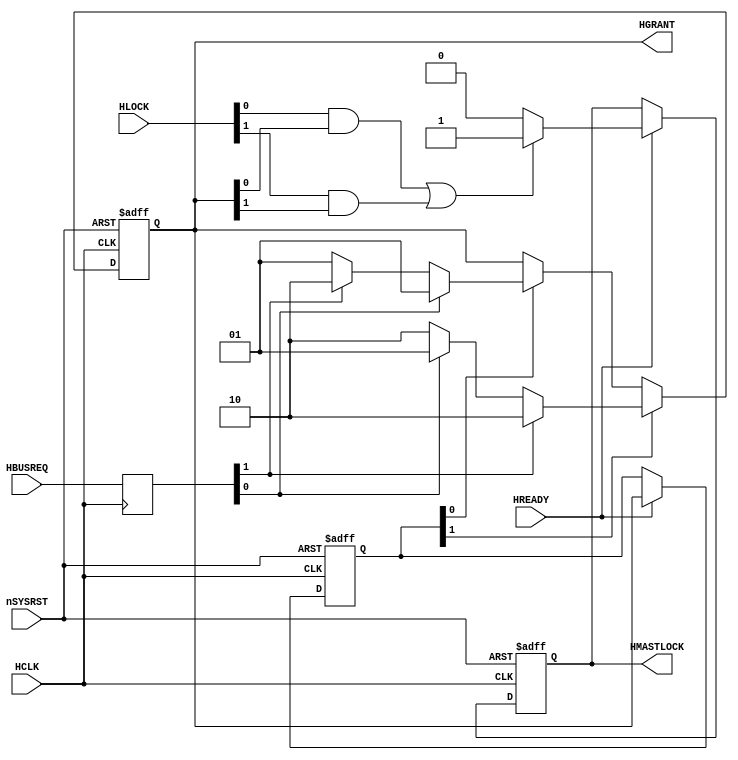
// --=========================================================================--
// This confidential and proprietary software may be used only as
// authorised by a licensing agreement from ARM Limited
//   (C) COPYRIGHT 2001,2002 ARM Limited
//       ALL RIGHTS RESERVED
// The entire notice above must be reproduced on all authorised
// copies and copies may only be made to the extent permitted
// by a licensing agreement from ARM Limited.
//
// -----------------------------------------------------------------------------
// Version and Release Control Information:
//
//
// Release Information    : $State: Exp $
//
// -----------------------------------------------------------------------------
// Purpose : AHB Bus arbiter
//
//----------------------------------------------------------------------------
// Design Assumption and timing issues :
//  All HBUSREQ inputs sampled immediately
//  All HGRANT outputs generated from FFs
//----------------------------------------------------------------------------
//
// Overview
// ========
// The arbiter processes requests for ownership of the AHB and
// grants one AHB master according to the arbitration scheme.
//
// The arbitration scheme is very simple: it allocates the two masters in
// the logic tile and the PCI master equal priority in a round-robin scheme.
//
// Split and retry responses from slaves are not supported, since they are never
// generated by the AHB S bridge in the development chip.
//
// Arbitration is performed only when a master stops requesting the bus
// Lock signals not used
//
// After reset the bus is granted to master0, since its outputs are fixed with
// good default values.
//
// HBUSREQ0 (logic tile master 0)
// HBUSREQ1 (logic tile master 1)
// HBUSREQ2 (PCI)
//-------------------------------------------------------------------------------

//`timescale 1ns/1ps

// -----------------------------------------------------------------------------

module AHBArbiter (
// Inputs
                   HCLK,
                   nSYSRST,
                   HREADY,
                   HLOCK,
                   HBUSREQ,
// Outputs
                   HGRANT,
                   HMASTLOCK
                  );

input          HCLK;           // AHB clock
input          nSYSRST;        // AHB reset
input          HREADY;         // AHB ready
input  [1:0]   HLOCK;          // AHB locked transaction
input  [1:0]   HBUSREQ;        // Master request
output [1:0]   HGRANT;         // Master grant
output         HMASTLOCK;      // Master lock


// -----------------------------------------------------------------------------
//
//                                 AHBArbiter
//                                 ==========
//
// -----------------------------------------------------------------------------


// -----------------------------------------------------------------------------
// Wire and reg declarations
// -----------------------------------------------------------------------------
reg   [1:0] HBUSREQr;      // Master request, registered on rising HCLK
reg   [1:0] HGRANTi;       // Internal value of HGRANT
reg   [1:0] CurMaster;     // Current bus master
reg         LockedCycle;   // HLOCK was driven high indicating a locked transaction


// -----------------------------------------------------------------------------
// Main body of code
// =================
// -----------------------------------------------------------------------------

// -----------------------------------------------------------------------------
// Register HBUSREQ on rising edge of HCLK, but no reset so that register goes
// in IOB for speed
// -----------------------------------------------------------------------------

always @(posedge HCLK)
begin : RegHBUSREQ
  HBUSREQr <= HBUSREQ;
end // RegHBUSREQ


// -----------------------------------------------------------------------------
// The current master continues to be granted until it stops requesting and
// another master requests the bus
// -----------------------------------------------------------------------------

always @(posedge HCLK or negedge nSYSRST)
begin : GrantP
  if (!nSYSRST)
      HGRANTi <= 2'b01;                   // dummy master granted at reset

  else
    begin
      if (CurMaster[0] == 1'b1)              // round robin: from master0 => master1
        begin

          if (HBUSREQr[0] == 1'b1)
            HGRANTi <= 2'b01;  
          else if (HBUSREQr[1] == 1'b1)
            HGRANTi <= 2'b10;  
          else
            HGRANTi <= 2'b01;
        end

      if (CurMaster[1] == 1'b1)              // round robin: from master1 => master2
        begin
          
          if (HBUSREQr[1] == 1'b1)
            HGRANTi <= 2'b10;
          else if (HBUSREQr[0] == 1'b1)
            HGRANTi <= 2'b01;  
          else
            HGRANTi <= 2'b10;
        end

  end
end // GrantP


// -----------------------------------------------------------------------------
// Propagate internal signals to ports
// -----------------------------------------------------------------------------
assign  HGRANT = HGRANTi;


// -----------------------------------------------------------------------------
// Decode grant signals to indicate which is the current bus master
// Master is only updated when HREADY is high as grant signals can
// change during a transfer. Mastership doesn't pass over until the
// transfer has completed.
// -----------------------------------------------------------------------------

always @(posedge HCLK or negedge nSYSRST)
begin : GenMaster
  if (!nSYSRST)
      CurMaster <= 2'b01;      // dummy master granted at reset
  else
    if (HREADY == 1'b1)         // CurMaster is the one that has just been granted
      CurMaster <= HGRANTi;
end // GenMaster


always @(posedge HCLK or negedge nSYSRST)
begin : GenLockedCycle
  if (!nSYSRST)
      LockedCycle <= 1'b0;
  else
    if (HREADY == 1'b1)         // CurMaster is the one that has just been granted
      LockedCycle <= ( (HLOCK[0] & HGRANTi[0] ) |
                       (HLOCK[1] & HGRANTi[1] ) ) ? 1'b1 : 1'b0;
end // GenLockedCycle

assign HMASTLOCK = LockedCycle;

endmodule
// --================================== End ==================================--